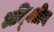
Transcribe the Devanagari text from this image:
अदि्वतीय